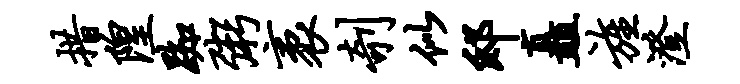
措隍踟粥袤剞似邸矗旌澄